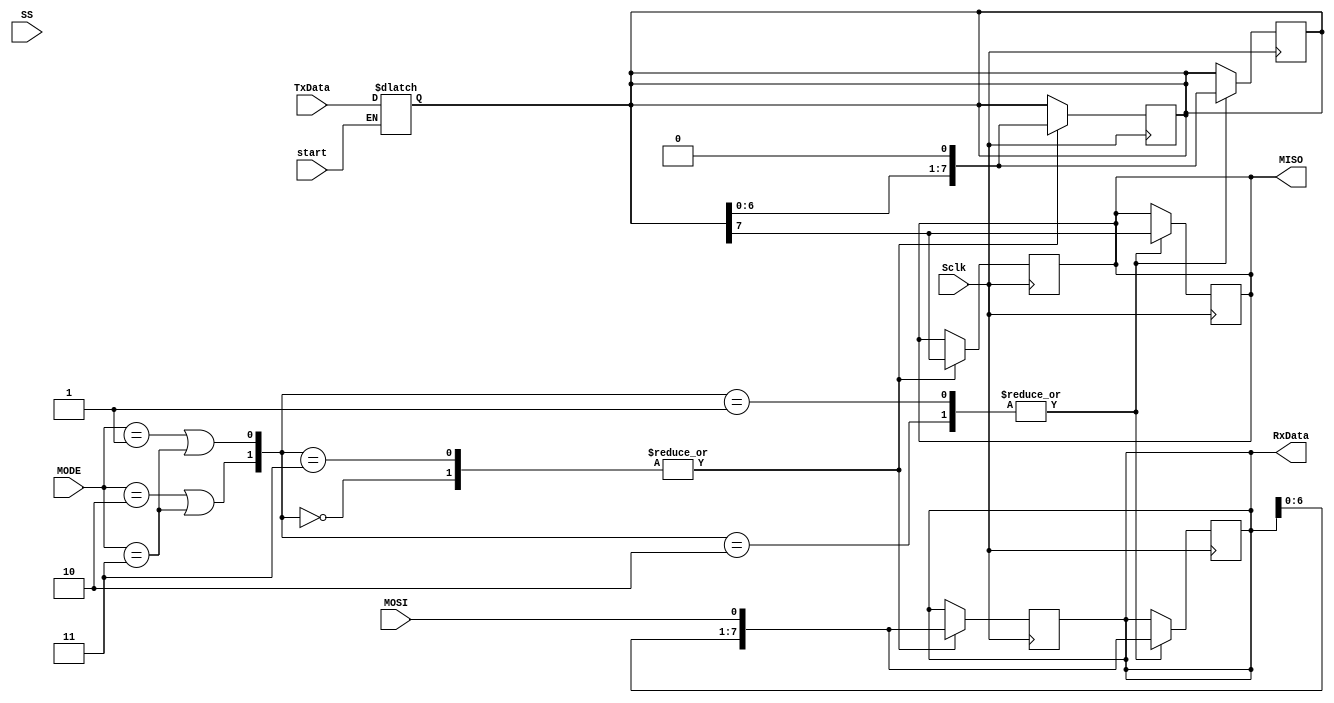

module spi_slave(start,MODE,TxData,RxData,Sclk,SS,MOSI,MISO);


// spi 4 wires
input start;
input SS,MOSI,Sclk;
output reg MISO;
////

input [1:0]MODE;
  input [7:0] TxData;
  output reg [7:0]  RxData;

///

wire CPOL,CPHA;
reg Dout;
reg [7:0]SlaveReg;

    assign CPOL = (MODE==2) || (MODE==3);
    assign CPHA = (MODE==1) || (MODE==3);

       //assign MISO = (SS) ? 1'bz: SlaveReg[7];
    
  
  reg [5:0] sclkcount = 0;
    always@(posedge Sclk)
      begin
        if(sclkcount==9)
          begin
            sclkcount = 0;
          end  
        else if((sclkcount>=0)&&(sclkcount<=8))
          begin
            sclkcount <= sclkcount +1;
          end
        else 
          begin
            sclkcount <= sclkcount ;
          end
      end
  
  //always@(*)
    //begin 
     // if((MODE==0)&&(sclk_counts == 1))
      //  MISO = TxData[7];
    //end
    
  
  always@(start)
       begin
         if(start) 
        SlaveReg <= TxData;
        else
        SlaveReg <= SlaveReg;
       end

     always @ (posedge Sclk)
         case ( {CPOL, CPHA} )
          2'b00:begin 
                 RxData <= {RxData[6:0], MOSI};
                end
          2'b01,2'b10: begin
                   SlaveReg <= {SlaveReg[6:0], 1'b0};
                   MISO <= SlaveReg[7];
                     end
         2'b11: begin
                 RxData <= {RxData[6:0], MOSI};
                end
         default: ;
         endcase

     always @ (negedge Sclk)
         case ( {CPOL, CPHA} )
         2'b00: begin
           SlaveReg <= {SlaveReg[6:0], 1'b0};
           MISO <= SlaveReg[7];
                end
        2'b01,2'b10: begin
                     RxData <= {RxData[6:0], MOSI};
                     end
        2'b11: begin
              SlaveReg <= {SlaveReg[6:0], 1'b0};
              MISO <= SlaveReg[7];
              end
         default: ;
          endcase
     
  reg [5:0]sclkcountdelayed;
  always@(negedge Sclk)
      sclkcountdelayed <= sclkcount;
  
  reg [7:0] slavereceived;
  always@(sclkcount,sclkcountdelayed)
    case(MODE)
      0: if(sclkcount==9)
           slavereceived <= RxData;
      1: if(sclkcountdelayed == 8)
            slavereceived <= RxData;
      2: if(sclkcountdelayed == 8)
            slavereceived <= RxData;
      3: if(sclkcount ==8)
           slavereceived <= RxData;
      default:;
    endcase
 
           
            
           
  
 endmodule